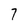
Character: 7